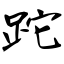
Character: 跎